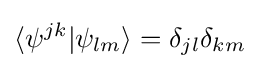
\langle \psi ^{jk}\vert \psi _{lm}\rangle =\delta _{jl}\delta _{km}